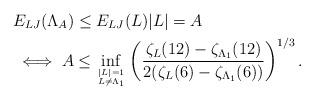
LaTeX: \begin{align*}&E_{LJ}(\Lambda_A)\leq E_{LJ}(L) |L|=A\\&\iff A\leq \inf_{|L|=1 \atop L\neq \Lambda_1}\left( \frac{\zeta_{L}(12)-\zeta_{\Lambda_1}(12)}{2(\zeta_{L}(6)-\zeta_{\Lambda_1}(6))} \right)^{1/3}.\end{align*}